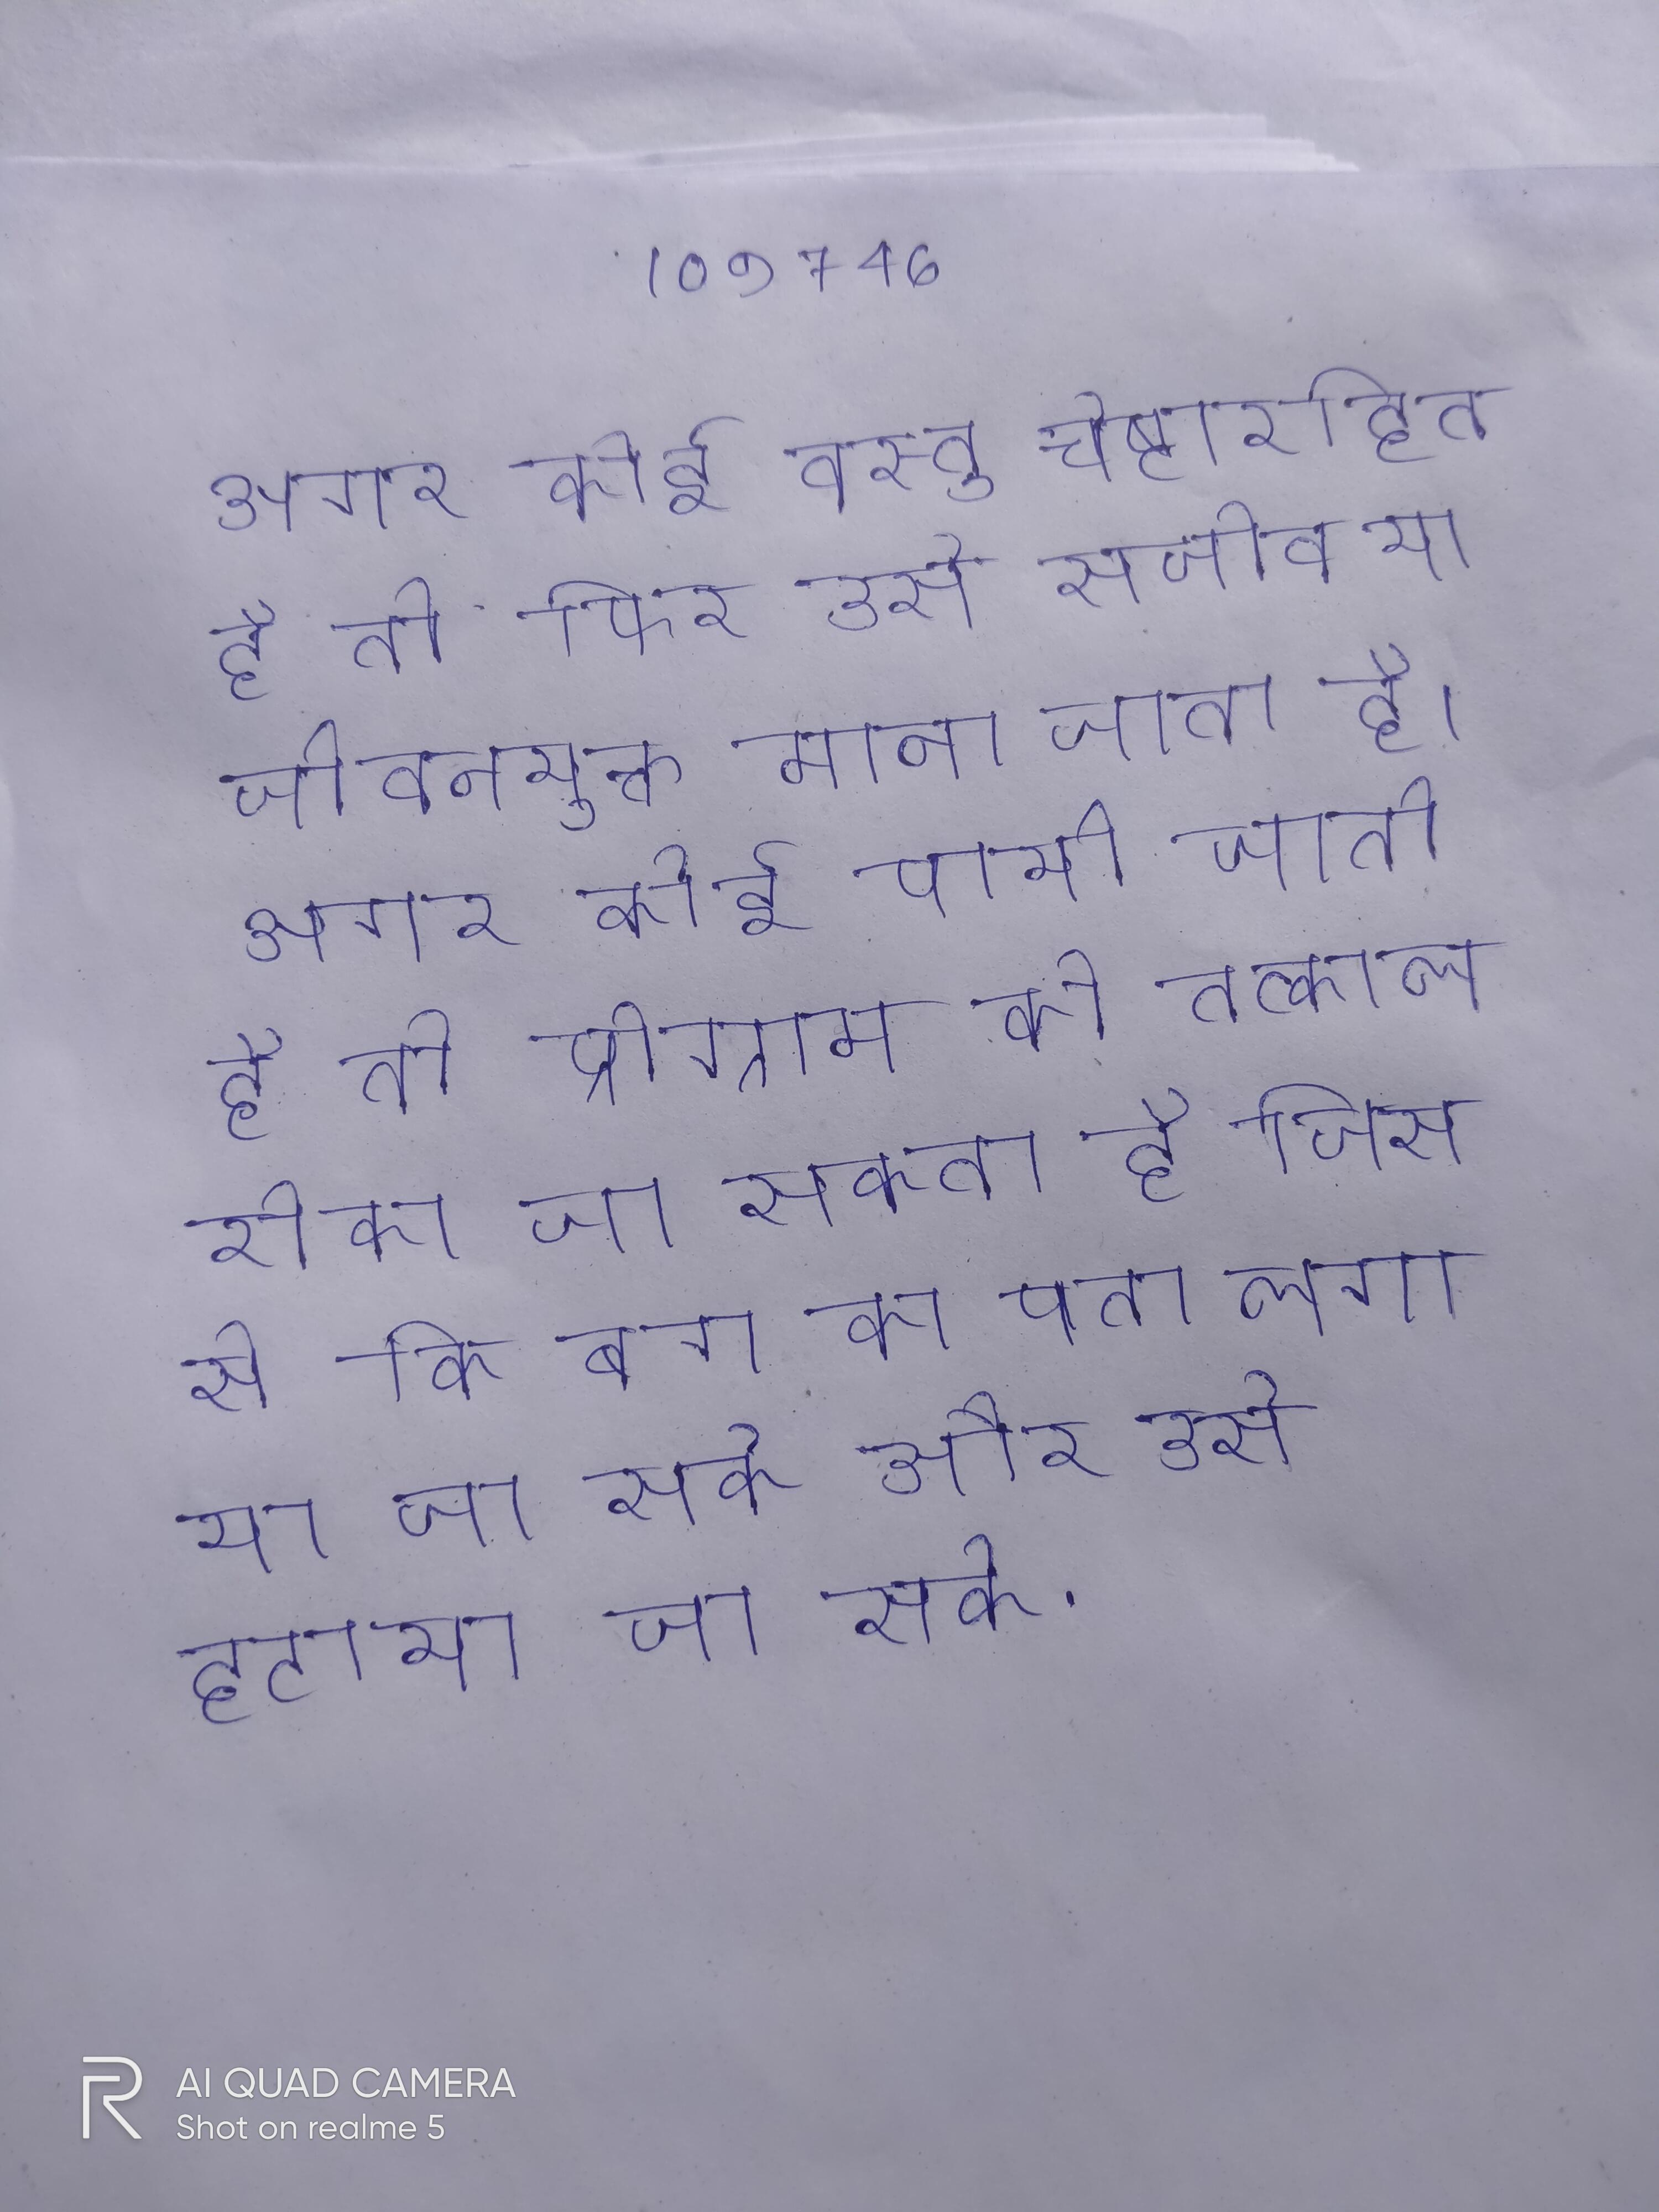
अगर कोई वस्तु चेष्टारहित है तो फिर उसे सजीव या जीवनयुक्त माना जाता है । अगर कोई पायी जाती है तो प्रोग्राम को तत्काल रोका जा सकता है जिससे कि बग का पता लगाया जा सके और उसे हटाया जा सके .